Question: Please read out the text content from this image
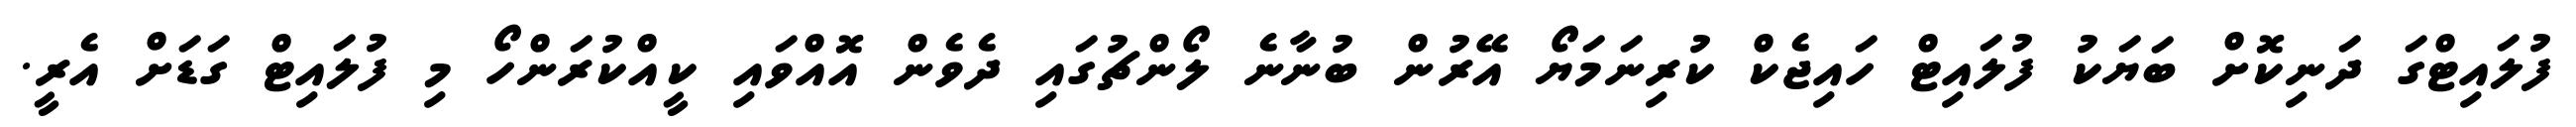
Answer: ފުލައިޓްގަ ދަނިކޮށް ބަޔަކު ފުލައިޓް ހައިޖެކް ކުރިނަމަޔޯ އޭރުން ބުނާނެ ލޯންޗުގައި ދެވެން އޮއްވައި ކީއްކުރަންހޯ މި ފުލައިޓް ގަޑަށް އެރީ.